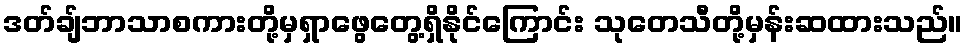
ဒတ်ချ်ဘာသာစကားတို့မှရှာဖွေတွေ့ရှိနိုင်ကြောင်း သုတေသီတို့မှန်းဆထားသည်။